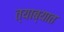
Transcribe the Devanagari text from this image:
त्याब्यात